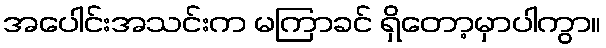
အပေါင်းအသင်းက မကြာခင် ရှိတော့မှာပါကွာ။